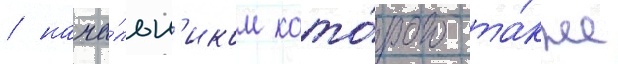
/ нача́льн'иком кото́рого та́кже